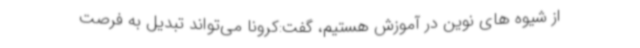
از شیوه های نوین در آموزش هستیم، گفت:کرونا می‌تواند تبدیل به فرصت